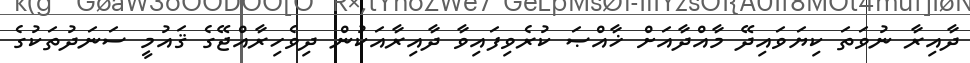
ދާއިރާ ނުވަތަ ކިޔަވައިދޭ މާއްދާއަށް ޚާއްޞަ ކުރެވިފައިވާ ދާއިރާއަކުން ދިވެހިރާއްޖޭގެ ޤައުމީ ސަނަދުތަކުގެ